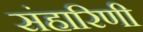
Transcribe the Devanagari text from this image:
संहारिणी